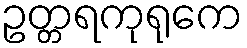
ဥတ္တရကုရုကေ